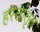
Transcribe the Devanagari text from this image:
हस्तांतृत